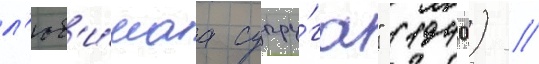
л'юб'и́маа супру́га" (1940) //